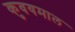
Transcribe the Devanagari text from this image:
कुवयमाल